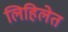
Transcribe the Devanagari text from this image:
लिहिलेत